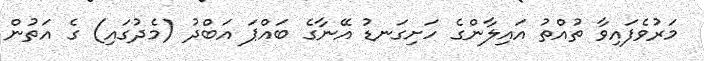
މަރުވެފައިވާ ތުއްތު އައިލާންގެ ހަށިގަނޑު އޭނާގެ ބައްޕަ އަބްދު (މެދުގައި) ގެ އަތުން